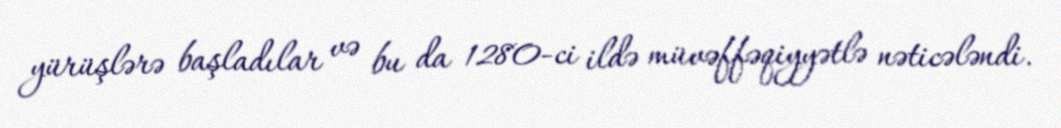
yürüşlərə başladılar və bu da 1280-ci ildə müvəffəqiyyətlə nəticələndi.